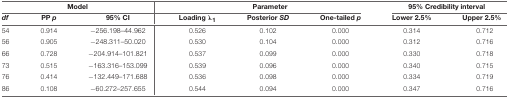
<table><thead><tr><td colspan="3"><b>Model</b></td><td colspan="3"><b>Parameter</b></td><td colspan="2"><b>95% Credibility interval</b></td></tr><tr><td><b><i>df</i></b></td><td><b>PP <i>p</i></b></td><td><b>95% CI</b></td><td><b>Loading λ<i><sub>1</sub></i></b></td><td><b>Posterior <i>SD</i></b></td><td><b>One-tailed <i>p</i></b></td><td><b>Lower 2.5%</b></td><td><b>Upper 2.5%</b></td></tr></thead><tbody><tr><td>54</td><td>0.914</td><td>−256.198–44.962</td><td>0.526</td><td>0.102</td><td>0.000</td><td>0.314</td><td>0.712</td></tr><tr><td>56</td><td>0.905</td><td>−248.311–50.020</td><td>0.530</td><td>0.104</td><td>0.000</td><td>0.312</td><td>0.716</td></tr><tr><td>66</td><td>0.728</td><td>−204.914–101.821</td><td>0.537</td><td>0.099</td><td>0.000</td><td>0.330</td><td>0.718</td></tr><tr><td>73</td><td>0.515</td><td>−163.316–153.099</td><td>0.539</td><td>0.096</td><td>0.000</td><td>0.340</td><td>0.715</td></tr><tr><td>76</td><td>0.414</td><td>−132.449–171.688</td><td>0.536</td><td>0.098</td><td>0.000</td><td>0.334</td><td>0.719</td></tr><tr><td>86</td><td>0.108</td><td>−60.272–257.655</td><td>0.544</td><td>0.094</td><td>0.000</td><td>0.347</td><td>0.716</td></tr></tbody></table>